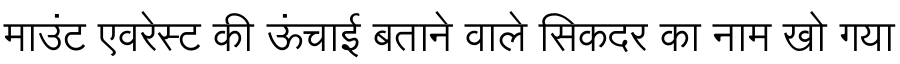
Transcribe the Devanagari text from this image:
माउंट एवरेस्ट की ऊंचाई बताने वाले सिकदर का नाम खो गया